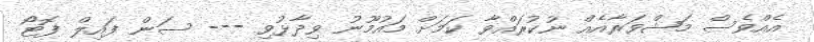
އެއްވެސް މަޝްވަރާއެއް ނުކުރައްވާ ކަމަށް މައުމޫނު ވިދާޅުވި --- ސަން ފައިލް ފޮޓޯ